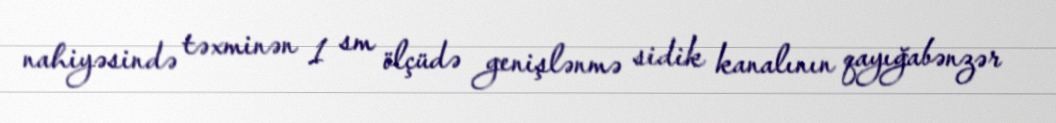
nahiyəsində təxminən 1 sm ölçüdə genişlənmə sidik kanalının qayığabənzər